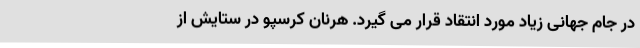
در جام جهانی زیاد مورد انتقاد قرار می گیرد. هرنان کرسپو در ستایش از